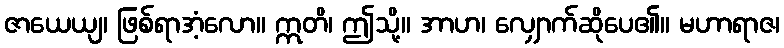
ဇာယေယျ၊ ဖြစ်ရာအံ့လော။ ဣတိ၊ ဤသို့။ အာဟ၊ လျှောက်ဆိုပေ၏။ မဟာရာဇ၊